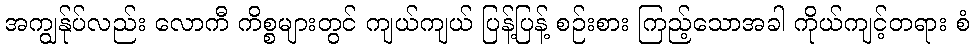
အကျွန်ုပ်လည်း လောကီ ကိစ္စများတွင် ကျယ်ကျယ် ပြန့်ပြန့် စဉ်းစား ကြည့်သောအခါ ကိုယ်ကျင့်တရား စံ